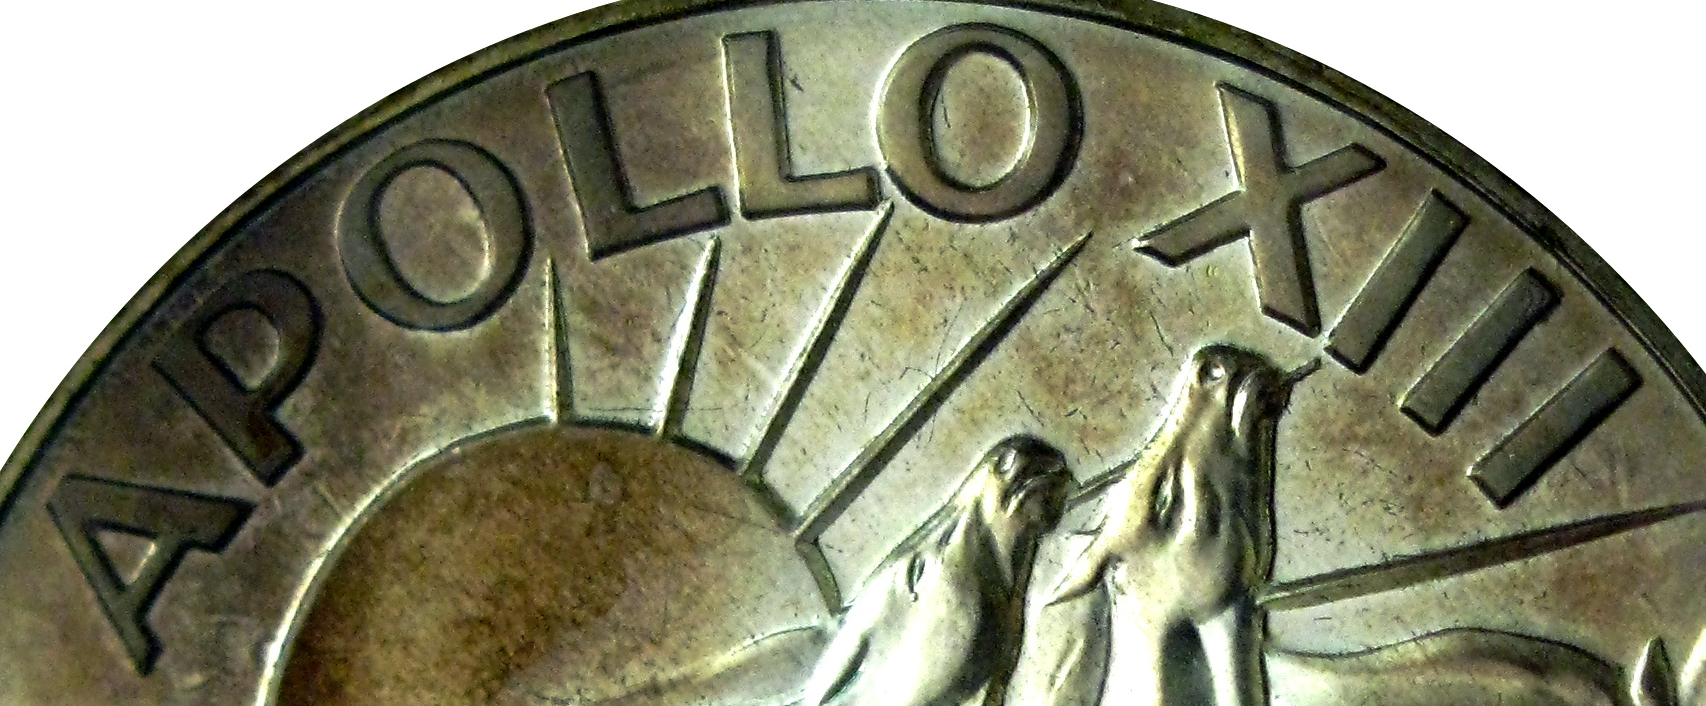
APOLLOXIII